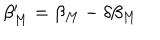
\beta _ { M } ^ { \prime } = \beta _ { M } - \delta \beta _ { M }